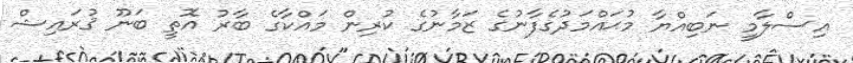
އިސްލާމީ ނަބިއްޔާ މުޙައްމަދުގެފާނުގެ ޒަމާނުގެ ކުރިން މައްކާގެ ބާރު އޮތީ ބަނޫ ޤުރައިޝް